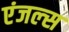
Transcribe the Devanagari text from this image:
एंजल्‍स